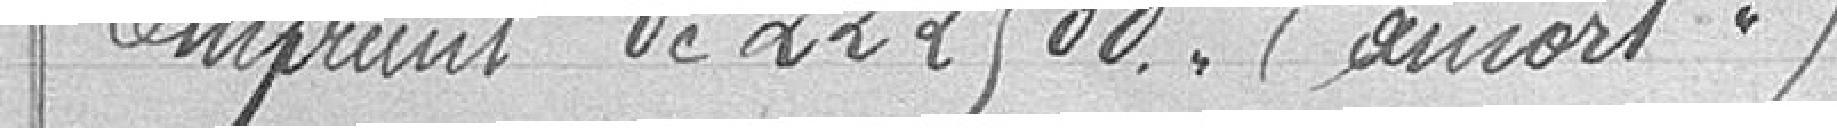
19 Emprunt de 222500. amort 9874.12  15679.  8985.88